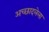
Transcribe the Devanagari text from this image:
अच्छादलेला